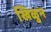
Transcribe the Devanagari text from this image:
खिळुन